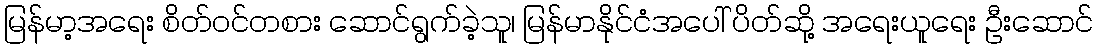
မြန်မာ့အရေး စိတ်ဝင်တစား ဆောင်ရွက်ခဲ့သူ၊ မြန်မာနိုင်ငံအပေါ် ပိတ်ဆို့ အရေးယူရေး ဦးဆောင်